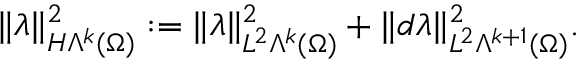
\Vert \lambda \Vert _ { H \Lambda ^ { k } ( \Omega ) } ^ { 2 } : = \Vert \lambda \Vert _ { L ^ { 2 } \Lambda ^ { k } ( \Omega ) } ^ { 2 } + \Vert d \lambda \Vert _ { L ^ { 2 } \Lambda ^ { k + 1 } ( \Omega ) } ^ { 2 } .